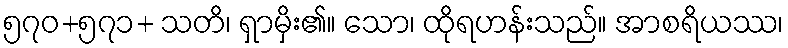
၅၇၀+၅၇၁+ သတိ၊ ရှာမှိး၏။ သော၊ ထိုရဟန်းသည်။ အာစရိယဿ၊